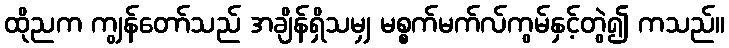
ထိုညက ကျွန်တော်သည် အချိန်ရှိသမျှ မစ္စက်မက်လ်ကွမ်နှင့်တွဲ၍ ကသည်။